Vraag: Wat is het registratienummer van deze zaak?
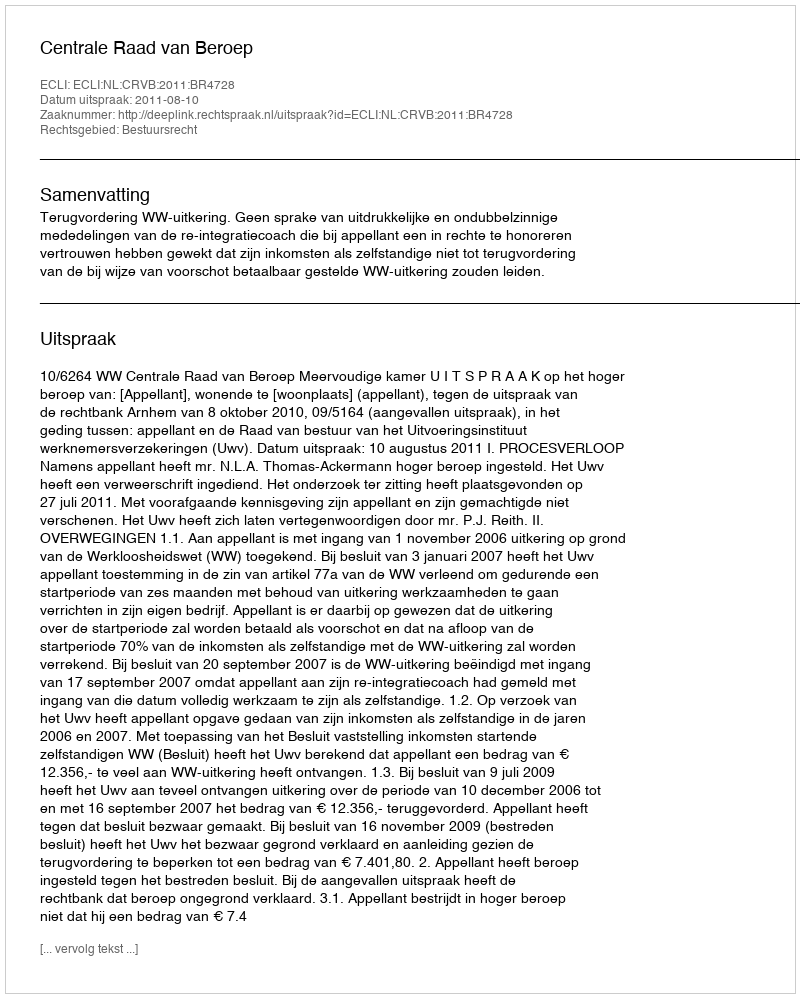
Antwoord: http://deeplink.rechtspraak.nl/uitspraak?id=ECLI:NL:CRVB:2011:BR4728